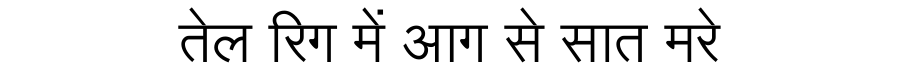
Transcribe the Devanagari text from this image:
तेल रिग में आग से सात मरे